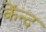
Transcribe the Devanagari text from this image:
केंन्द